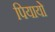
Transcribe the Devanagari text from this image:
पियायो